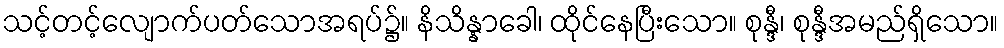
သင့်တင့်လျောက်ပတ်သောအရပ်၌။ နိသိန္နာခေါ၊ ထိုင်နေပြီးသော။ စုန္ဒီ၊ စုန္ဒီအမည်ရှိသော။